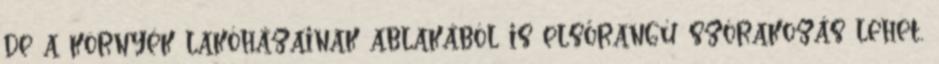
de a környék lakóházainak ablakából is elsőrangú szórakozás lehet,